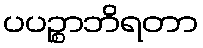
ပပဉ္စာဘိရတာ